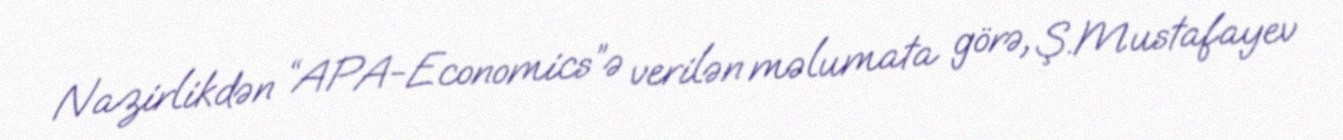
Nazirlikdən “APA-Economics”ə verilən məlumata görə, Ş.Mustafayev